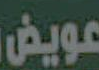
عويض